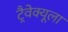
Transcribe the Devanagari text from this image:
ट्रैवेक्यूला